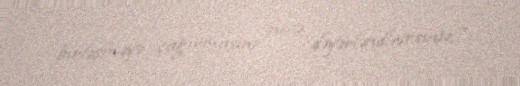
birləşməyə çağırmasını necə dəyərləndirirsiniz?.